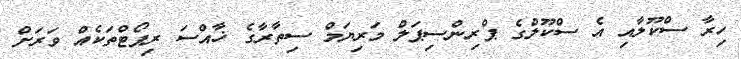
ހިރާ ސްކޫލާއި އެ ސްކޫލްގެ ޕްރިންސިޕަލް މަރިޔަމް ސިތާރާގެ ޚާއްސަ ރިޕޯޓްތަކެއް ވަރަށް